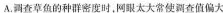
A.调查草鱼的种群密度时，网眼太大常使调查值偏大